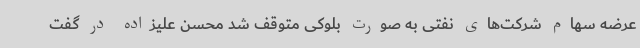
عرضه سهام شرکت‌های نفتی به صورت بلوکی متوقف شد محسن علیزاده در گفت